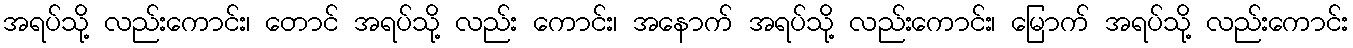
အရပ်သို့ လည်းကောင်း၊ တောင် အရပ်သို့ လည်း ကောင်း၊ အနောက် အရပ်သို့ လည်းကောင်း၊ မြောက် အရပ်သို့ လည်းကောင်း